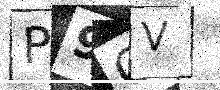
Text: P9OV